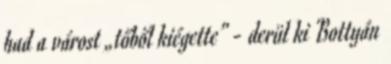
had a várost „tőből kiégette” - derül ki Bottyán